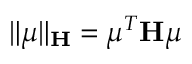
\| \boldsymbol { \mu } \| _ { \mathbf { H } } = \boldsymbol { \mu } ^ { T } \mathbf { H } \boldsymbol { \mu }